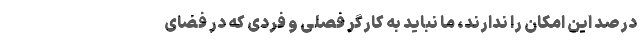
درصد این امکان را ندارند، ما نباید به کارگر فصلی و فردی که در فضای